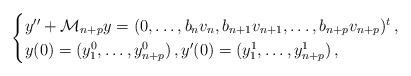
LaTeX: \begin{align*}\begin{cases}y^{\prime\prime} + \mathcal{M}_{n+p}y=(0, \ldots, b_n v_n, b_{n+1} v_{n+1}, \ldots, b_{n+p}v_{n+p})^t \,,\\y(0)=(y_1^0, \ldots, y_{n+p}^0)\,, y^{\prime}(0)=(y_1^1, \ldots, y_{n+p}^1) \,,\end{cases}\end{align*}